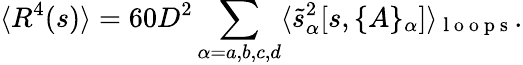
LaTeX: \langle R^{4}(s)\rangle=60D^{2}\sum_{\alpha=a,b,c,d}\langle\tilde{s}_{\alpha}^{2}[s,\{ A\} _{\alpha}]\rangle_{\mathrm{~l~o~o~p~s~}}.